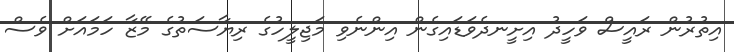
އިތުރުން ރައީސް ވަހީދު އިށީނދެވަޑައިގެން އިންނެވި މަޖިލީހުގެ ރިޔާސަތުގެ މޭޒާ ހަމައަށް ވެސް